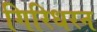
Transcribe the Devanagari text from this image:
गिरिधरन